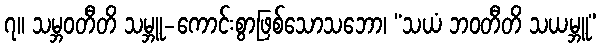
၇။ သမ္ဘဝတီတိ သမ္ဘူ-ကောင်းစွာဖြစ်သောသဘော၊ “သယံ ဘဝတီတိ သယမ္ဘူ”